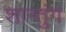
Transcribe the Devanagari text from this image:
शान्तुंग